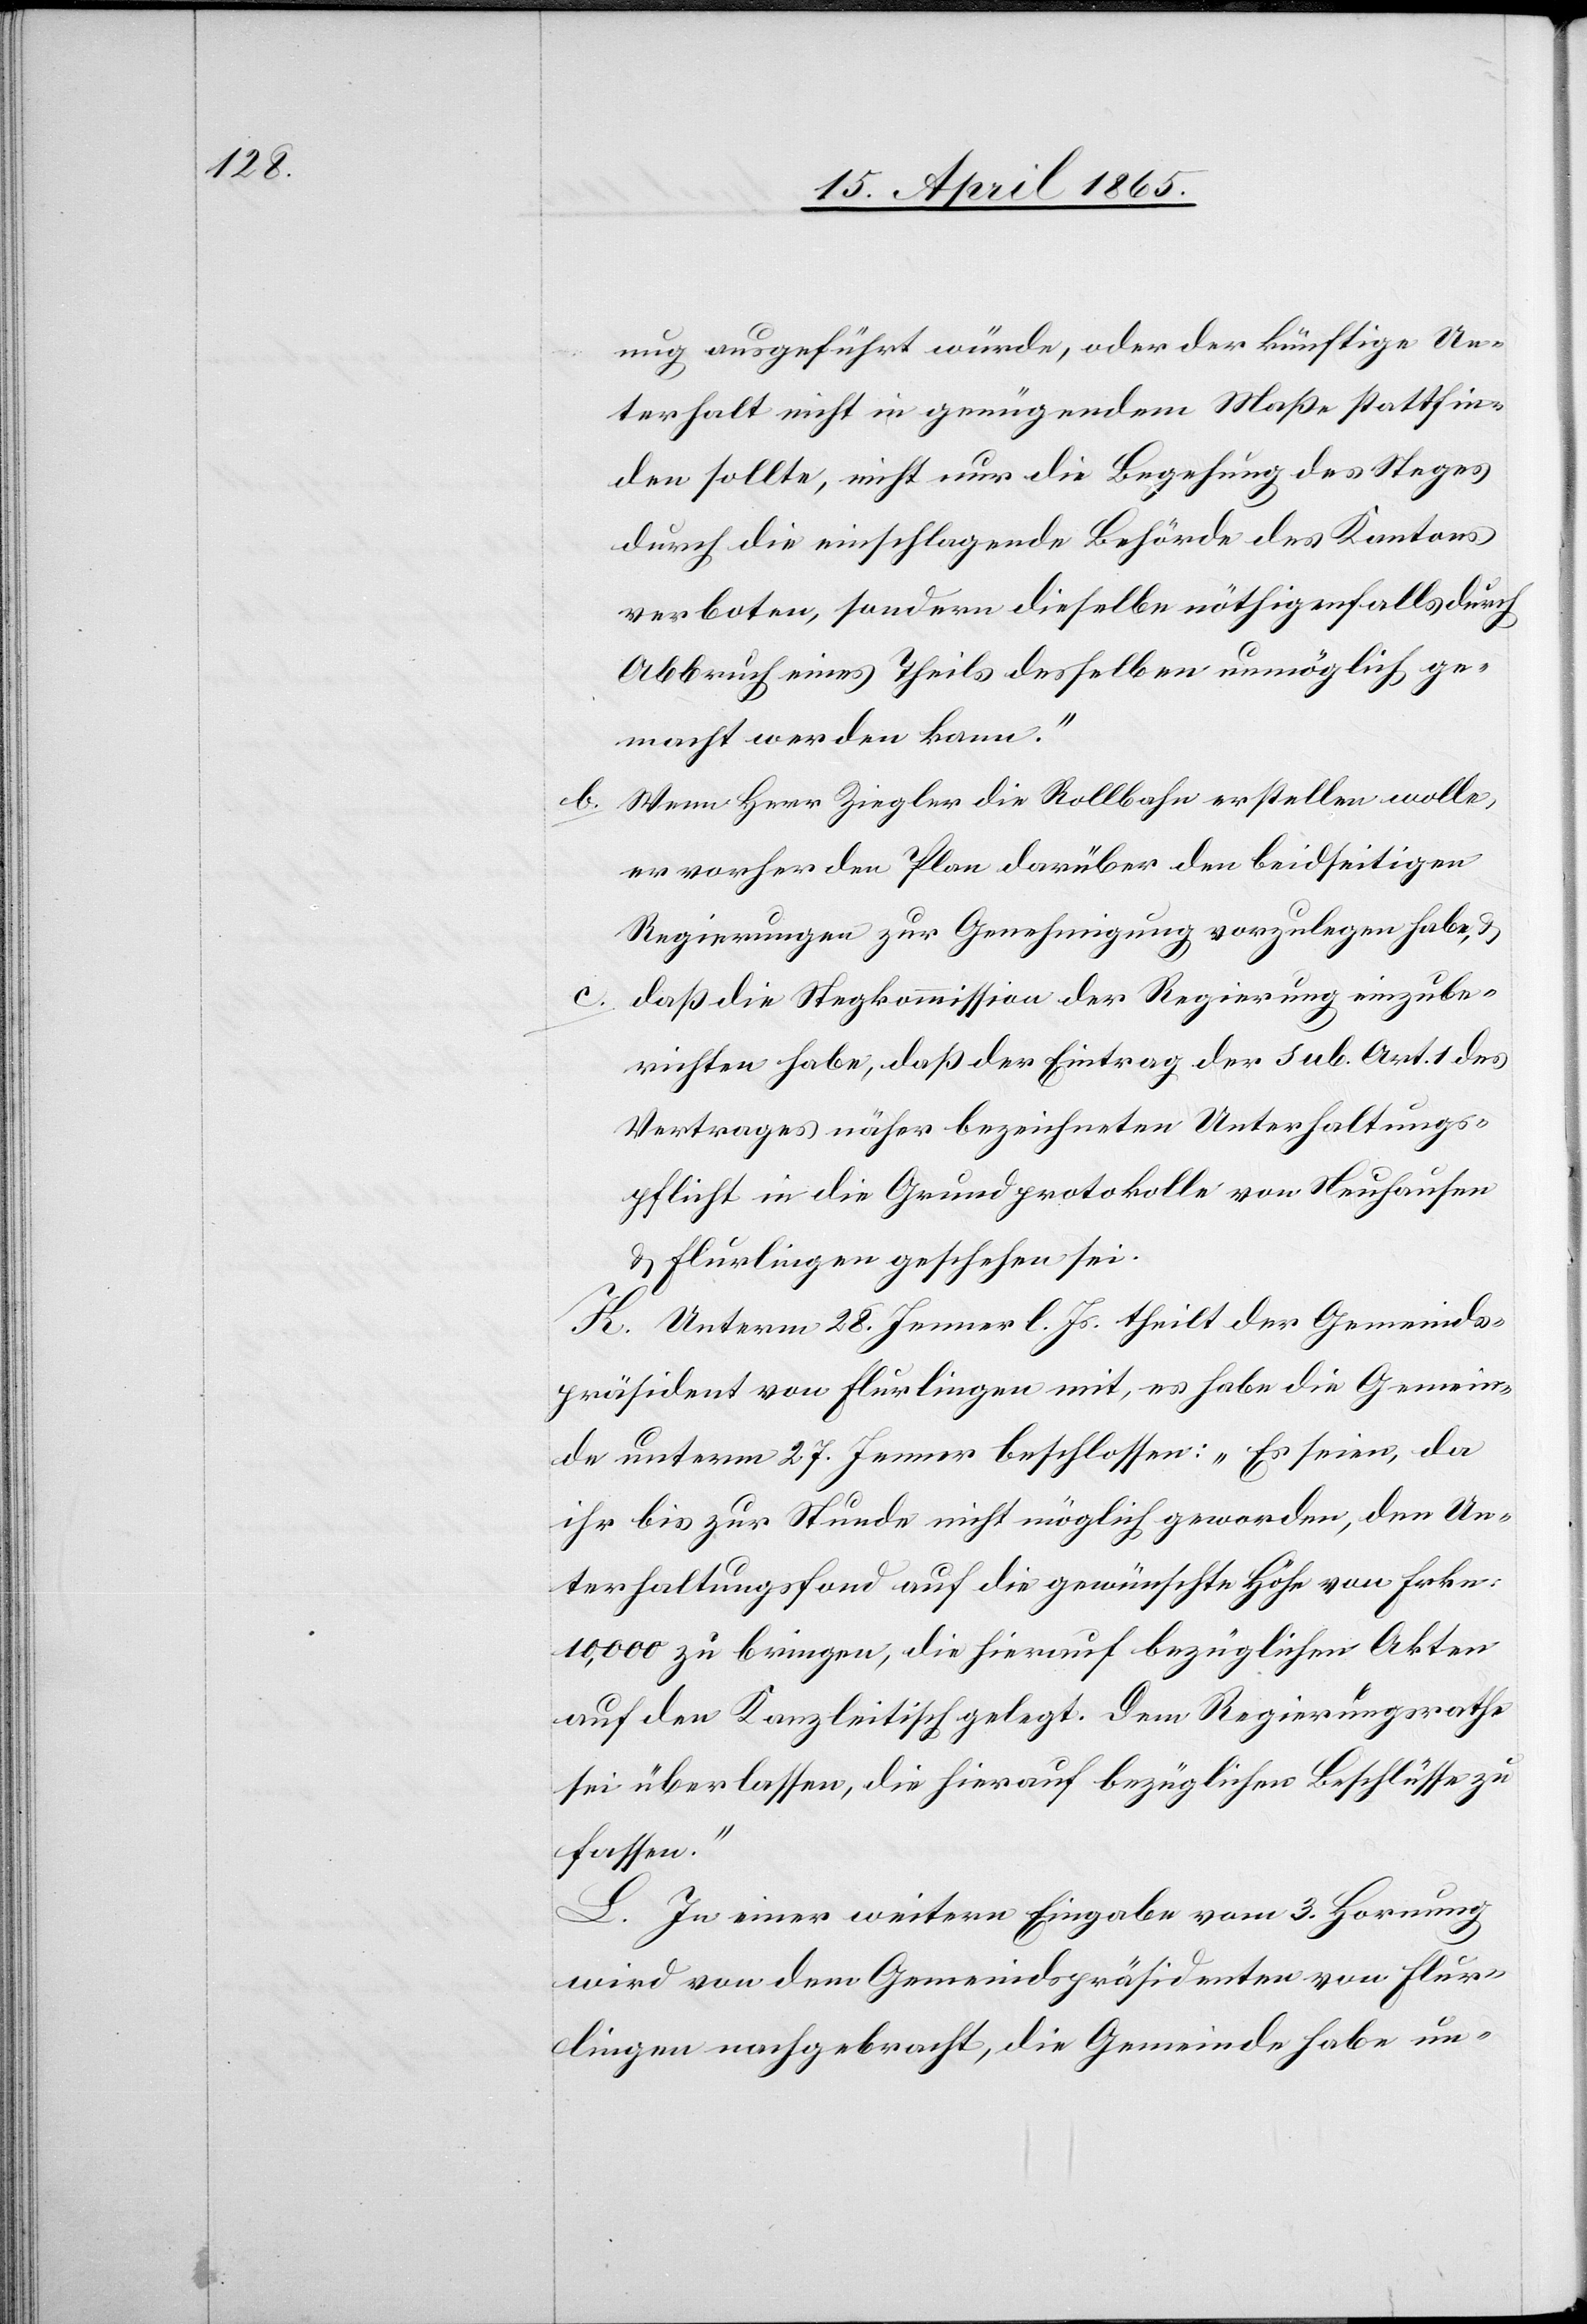
nug ausgeführt würde, oder der künftige Un¬
terhalt nicht in genügendem Maße stattfin¬
den sollte, nicht nur die Begehung des Steges
durch die einschlagende Behörde des Kantons
verboten, sondern dieselbe nöthigenfalls durch
Abbruch eines Theils desselben unmöglich ge¬
macht werden kann.“
b. Wenn Herr Ziegler die Rollbahn erstellen wolle,
er vorher den Plan darüber den beidseitigen
Regierungen zur Genehmigung vorzulegen habe, &
c. daß die Stegkommission der Regierung einzube¬
richten habe, daß der Eintrag der sub. Art. 1 des
Vertrages näher bezeichneten Unterhaltungs¬
pflicht in die Grundprotokolle von Neuhausen
& Flurlingen geschehen sei.
K. Unterm 28. Jenner l. Js. theilt der Gemeinds¬
präsident von Flurlingen mit, es habe die Gemein¬
de unterm 27. Jenner beschlossen: „Es seien, da
ihr bis zur Stunde nicht möglich geworden, den Un¬
terhaltungsfond auf die gewünschte Höhe von Frkn.
10,000 zu bringen, die hierauf bezüglichen Akten
auf den Kanzleitisch gelegt. Dem Regierungsrathe
sei überlassen, die hierauf bezüglichen Beschlüsse zu
fassen.“
L. In einer weitern Eingabe vom 3. Hornung
wird von dem Gemeindspräsidenten von Flur¬
lingen nachgebracht, die Gemeinde habe un-